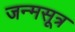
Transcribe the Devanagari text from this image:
जन्मसूत्र